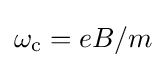
\omega _{\text{c}}=eB/m